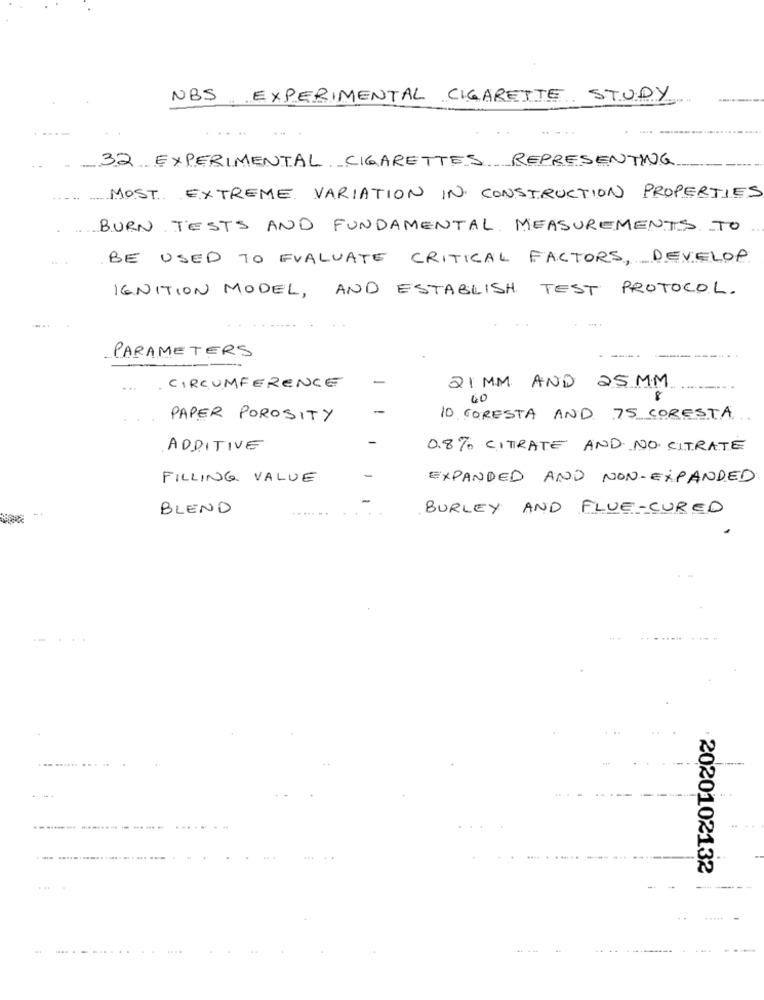
NBS EXPERIMENTAL CIGARETTE STUDY
. ...
32 EXPERIMENTAL CIGARETTES REPRESENTING
MOST EXTREME VARIATION IN CONSTRUCTION PROPERTIES
BURN TESTS AND FUNDAMENTAL MEASUREMENTS TO
BE USED TO EVALUATE CRITICAL FACTORS, DEVELOP
IGNITION MODEL, AND ESTABLISH TEST PROTOCOL.
PARAMETERS
21 MM AND 25 MM
CIRCUMFERENCE
40
PAPER POROSITY
10 GORESTA AND 75 CORESTA
ADDITIVE
0.8% CITRATE AND NO CITRATE
FILLING VALUE
EXPANDED AND NON-EXPANDED
BLEND
..... ..
BURLEY AND FLUE-CURED
.....
2020102132
... . . .... ..
.. ...